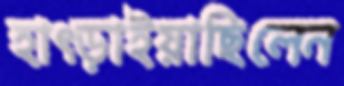
হাৎড়াইয়াছিলেন